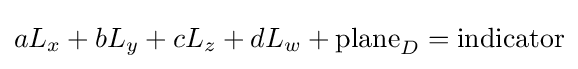
aL_{x}+bL_{y}+cL_{z}+dL_{w}+{\text{plane}}_{D}={\text{indicator}}